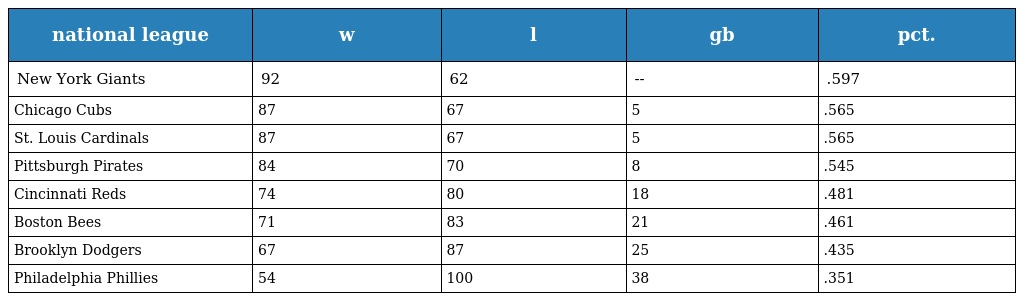
| national league | w | l | gb | pct. |
 | --- | --- | --- | --- | --- |
 | New York Giants | 92 | 62 | -- | .597 |
 | Chicago Cubs | 87 | 67 | 5 | .565 |
 | St. Louis Cardinals | 87 | 67 | 5 | .565 |
 | Pittsburgh Pirates | 84 | 70 | 8 | .545 |
 | Cincinnati Reds | 74 | 80 | 18 | .481 |
 | Boston Bees | 71 | 83 | 21 | .461 |
 | Brooklyn Dodgers | 67 | 87 | 25 | .435 |
 | Philadelphia Phillies | 54 | 100 | 38 | .351 |